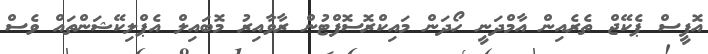
އޮފީސް ޕެކޭޖް ތެރެއިން އާމްދަނީ ހޯދަން މައިކްރޮސޮފްޓުން ރާވާއިރު މޮބައިލް އެޕްލިކޭޝަންތައް ވެސް